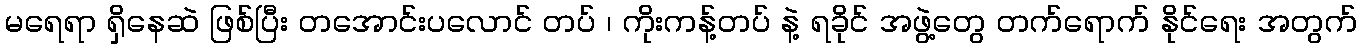
မရေရာ ရှိနေဆဲ ဖြစ်ပြီး တအောင်းပလောင် တပ် ၊ ကိုးကန့်တပ် နဲ့ ရခိုင် အဖွဲ့တွေ တက်ရောက် နိုင်ရေး အတွက်